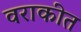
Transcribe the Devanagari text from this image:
वराकीत